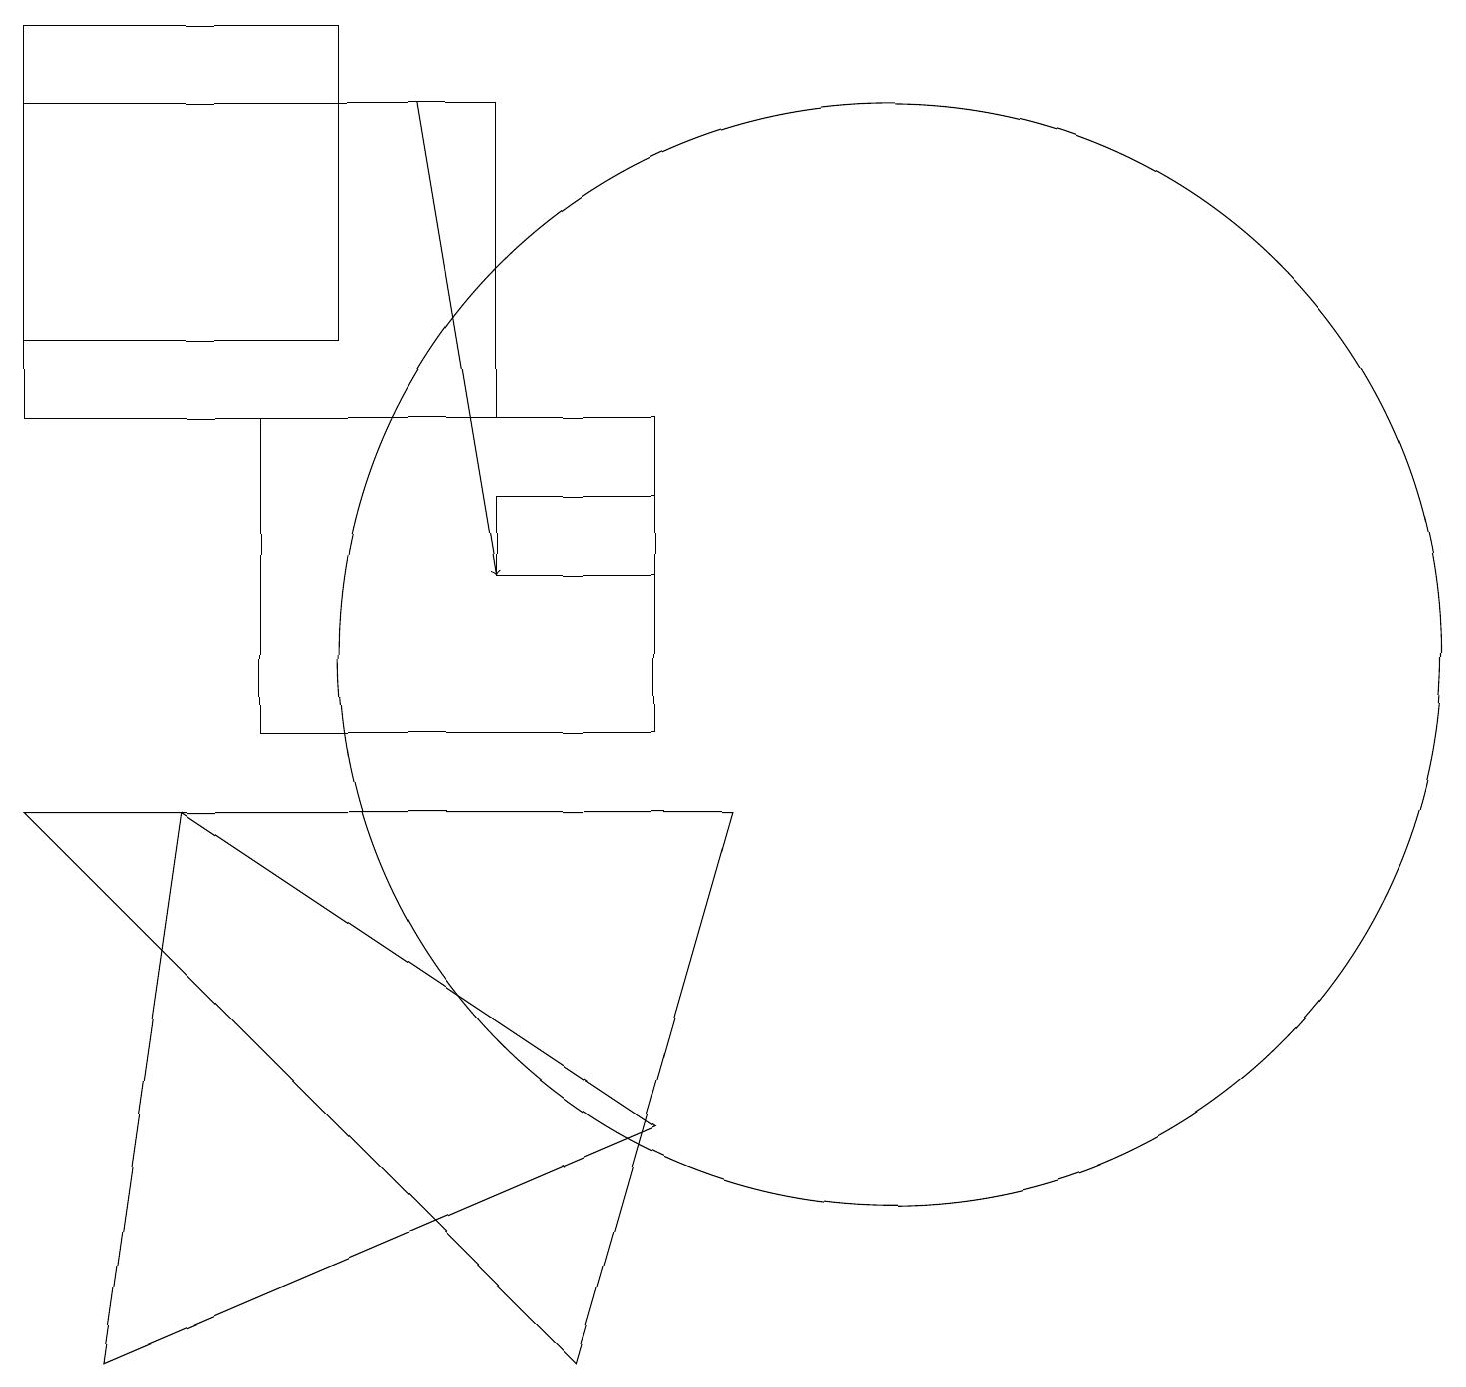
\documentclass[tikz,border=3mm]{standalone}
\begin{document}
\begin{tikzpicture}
\draw (0,14) rectangle (6,18);
\draw (7,2) -- (9,9) -- (0,9) -- cycle;
\draw (0,15) rectangle (4,19);
\draw (11,11) circle (7);
\draw (8,5) -- (1,2) -- (2,9) -- cycle;
\draw (6,13) rectangle (8,12);
\draw (3,14) rectangle (8,10);
\draw[->] (5,18) -- (6,12);
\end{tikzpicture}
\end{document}